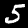
Digit: 5